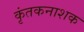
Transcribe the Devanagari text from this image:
कृंतकनाशक